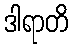
ဒါရာတိ